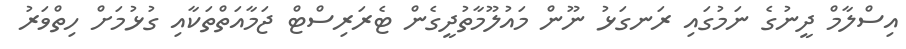
އިސްލާމް ދީނުގެ ނަމުގައި ރަނގަޅު ނޫން މައުލޫމާތުދީގެން ޓެރަރިސްޓް ޖަމާއަތްތަކާއި ގުޅުމަށް ހިތްވަރު